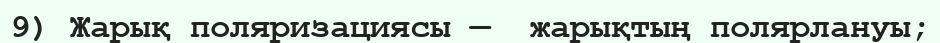
9) Жарық поляризациясы —  жарықтың полярлануы;